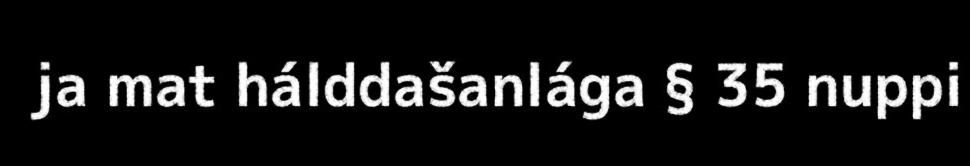
ja mat hálddašanlága § 35 nuppi